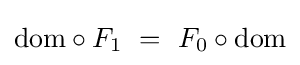
{\text{dom}}\circ F_{1}\ =\ F_{0}\circ {\text{dom}}